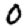
Digit: 0